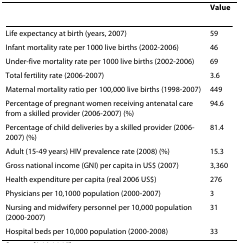
<table><thead><tr><td>[EMPTY_CELL]</td><td><b>Value</b></td></tr></thead><tbody><tr><td>Life expectancy at birth (years, 2007)</td><td>59</td></tr><tr><td>Infant mortality rate per 1000 live births (2002-2006)</td><td>46</td></tr><tr><td>Under-five mortality rate per 1000 live births (2002-2006)</td><td>69</td></tr><tr><td>Total fertility rate (2006-2007)</td><td>3.6</td></tr><tr><td>Maternal mortality ratio per 100,000 live births (1998-2007)</td><td>449</td></tr><tr><td>Percentage of pregnant women receiving antenatal care from a skilled provider (2006-2007) (%)</td><td>94.6</td></tr><tr><td>Percentage of child deliveries by a skilled provider (2006-2007) (%)</td><td>81.4</td></tr><tr><td>Adult (15-49 years) HIV prevalence rate (2008) (%)</td><td>15.3</td></tr><tr><td>Gross national income (GNI) per capita in US$ (2007)</td><td>3,360</td></tr><tr><td>Health expenditure per capita (real 2006 US$)</td><td>276</td></tr><tr><td>Physicians per 10,1000 population (2000-2007)</td><td>3</td></tr><tr><td>Nursing and midwifery personnel per 10,000 population (2000-2007)</td><td>31</td></tr><tr><td>Hospital beds per 10,000 population (2000-2008)</td><td>33</td></tr></tbody></table>